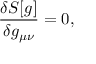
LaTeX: \frac { \delta S [ g ] } { \delta g _ { \mu \nu } } = 0 ,